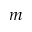
m